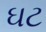
ઘટ